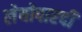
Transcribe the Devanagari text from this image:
लेयोपारदी